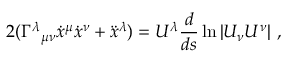
2 ( \Gamma ^ { \lambda } { } _ { \mu \nu } { \dot { x } } ^ { \mu } { \dot { x } } ^ { \nu } + { \ddot { x } } ^ { \lambda } ) = U ^ { \lambda } { \frac { d } { d s } } \ln | U _ { \nu } U ^ { \nu } | \ ,